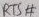
Text: RTS#